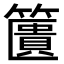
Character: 籄